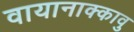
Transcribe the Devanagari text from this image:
वायानाक्कावु